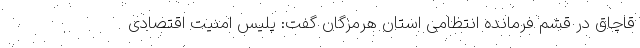
قاچاق در قشم فرمانده انتظامی استان هرمزگان گفت: پلیس امنیت اقتصادی